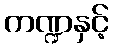
ကဏ္ဍနှင့်